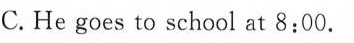
C.He goes to school at 8:00.